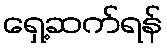
ရှေ့ဆက်ရန်